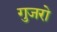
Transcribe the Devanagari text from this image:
गुजरो